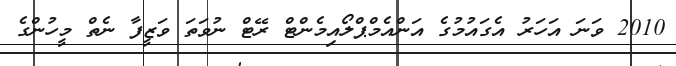
2010 ވަނަ އަހަރު އެގައުމުގެ އަންއެމްޕްލޯއިމެންޓް ރޭޓް ނުވަތަ ވަޒީފާ ނެތް މީހުންގެ